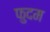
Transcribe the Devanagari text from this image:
फुदम